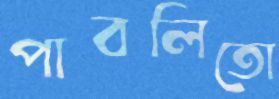
পাবলিতো